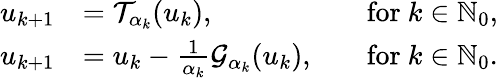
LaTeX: \begin{array}{rlrl}{u_{k+1}}&{={\mathcal{T}}_{\alpha_{k}}(u_{k}),}&&{\mathrm{for~}k\in{\mathbb{N}}_{0},}\\ {u_{k+1}}&{=u_{k}-\frac{1}{\alpha_{k}}{\mathcal{G}}_{\alpha_{k}}(u_{k}),}&&{\mathrm{for~}k\in{\mathbb{N}}_{0}.}\end{array}